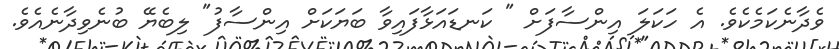
ވެދާނެކަމެކެވެ. އެ ހަކަލަ އިންސާފަށް " ކަނޑައަޅާފައިވާ ބަޔަކަށް އިންސާފު" ލިބެޔޭ ބުނެވިދާނެއެވެ.